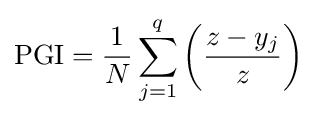
{\rm {PGI}}={\frac {1}{N}}\sum _{j=1}^{q}\left({\frac {z-y_{j}}{z}}\right)